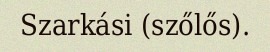
Szarkási (szőlős).